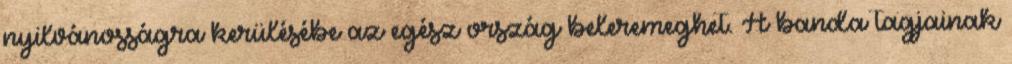
nyilvánosságra kerülésébe az egész ország beleremeghet. A banda tagjainak